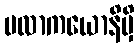
ဗလာကယောနိမှိ